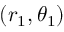
( r _ { 1 } , \theta _ { 1 } )